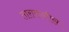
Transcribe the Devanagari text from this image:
ताराराणीस